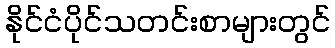
နိုင်ငံပိုင်သတင်းစာများတွင်